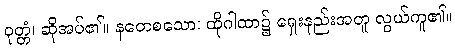
ဝုတ္တံ၊ ဆိုအပ်၏။ နတေစသော၊ ထိုဂါထာ၌ ရှေးနည်းအတူ လွယ်ကူ၏။